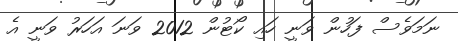
ނަމަވެސް ފަހުން ވަނީ ހައި ކޯޓުން 2012 ވަނަ އަހަރު ވަނީ އެ